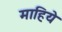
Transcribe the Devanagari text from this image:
माहिये